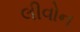
લીવોન